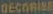
DECORINE